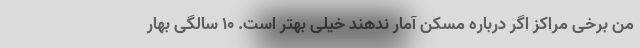
من برخی مراکز اگر درباره مسکن آمار ندهند خیلی بهتر است. 10 سالگی بهار